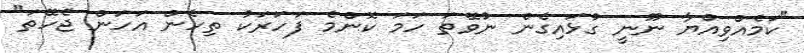
"ކަމެއްވިއްޔާ ނޫނީ ގުޅައިގެން ނުވޭތަ ހަމަ ކޮންމެ ފަހަރަކު ތިހެން އަހަން ޖެހޭތަ"